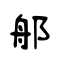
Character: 郍